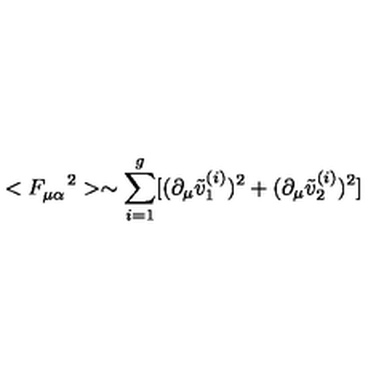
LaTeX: < F _ { \mu \alpha } ^ { \quad 2 } > \sim \sum _ { i = 1 } ^ { g } [ ( \partial _ { \mu } \tilde { v } _ { 1 } ^ { ( i ) } ) ^ { 2 } + ( \partial _ { \mu } \tilde { v } _ { 2 } ^ { ( i ) } ) ^ { 2 } ]